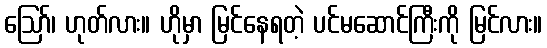
ဪ၊ ဟုတ်လား။ ဟိုမှာ မြင်နေရတဲ့ ပင်မဆောင်ကြီးကို မြင်လား။